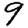
Digit: 9